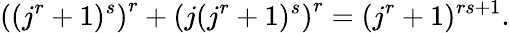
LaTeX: \left((j^{r}+1)^{s}\right)^{r}+\left(j(j^{r}+1)^{s}\right)^{r}=(j^{r}+1)^{rs+1}.